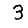
Digit: 3